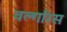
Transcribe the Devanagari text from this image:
वल्गरिस